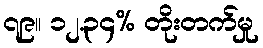
၇၉။ ၁၂.၃၄% တိုးတက်မှု